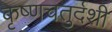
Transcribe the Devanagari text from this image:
कृष्णचतुर्दशी